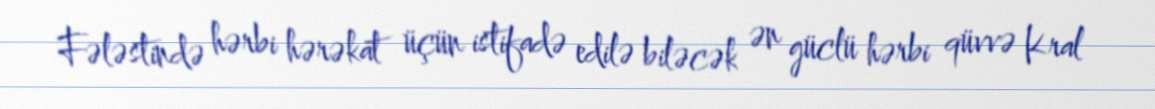
Fələstində hərbi hərəkat üçün istifadə edilə biləcək ən güclü hərbi qüvvə Kral